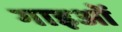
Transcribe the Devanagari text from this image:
गाइओं